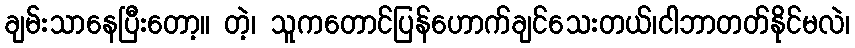
ချမ်းသာနေပြီးတော့။ တဲ့၊ သူကတောင်ပြန်ဟောက်ချင်သေးတယ်၊ငါဘာတတ်နိုင်မလဲ၊